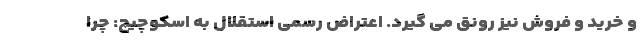
و خرید و فروش نیز رونق می گیرد. اعتراض رسمی استقلال به اسکوچیچ: چرا